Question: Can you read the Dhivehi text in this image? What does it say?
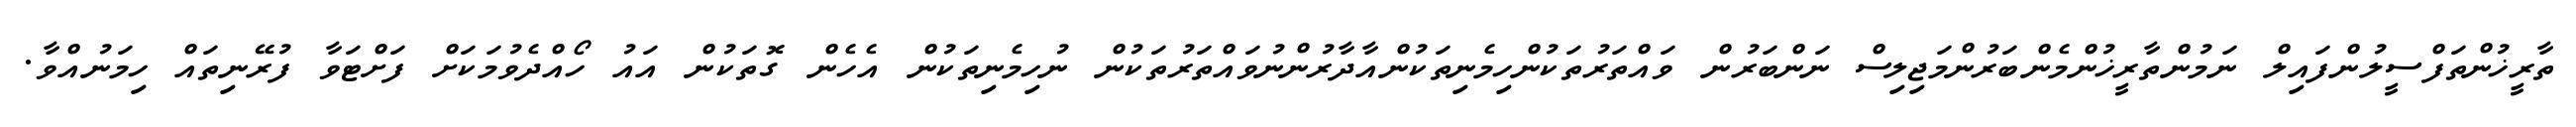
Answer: ތާރީޚުންތަފްސީލުންފައިލް ނަމުންތާރީޚުންމެންބަރުންމަޖިލިސް ނަންބަރުން ވައްތަރުތަކުންހިމެނިތަކުންއާދާރުންނުވައްތަރުތަކުން ނުހިމެނިތަކުން އެހެން ގޮތަކުން އައު ހޯއްދެވުމަކަށް ފަށްޓަވާ ފުރޭނިތައް ހިމަނުއްވާ.